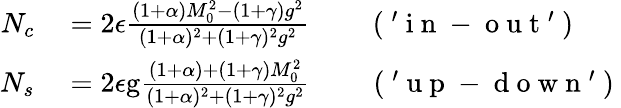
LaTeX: \begin{array}{rl}{N_{c}}&{{}=2\epsilon\frac{(1+\alpha)M_{0}^{2}-(1+\gamma)g^{2}}{(1+\alpha)^{2}+(1+\gamma)^{2}g^{2}}\qquad\mathrm{~(~'~i~n~-~o~u~t~'~)~}}\\ {N_{s}}&{{}=2\epsilon\mathrm{g}\frac{(1+\alpha)+(1+\gamma)M_{0}^{2}}{(1+\alpha)^{2}+(1+\gamma)^{2}g^{2}}\qquad\mathrm{~(~'~u~p~-~d~o~w~n~'~)~}}\end{array}